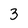
Character: 3